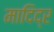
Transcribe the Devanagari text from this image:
मादिद्र